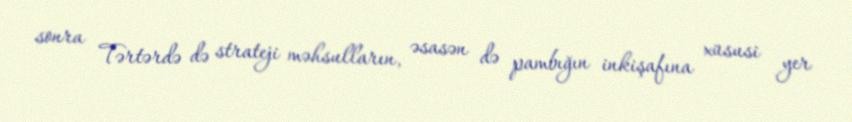
sonra Tərtərdə də strateji məhsulların, əsasən də pambığın inkişafına xüsusi yer